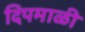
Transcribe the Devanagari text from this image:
दिपमाळी